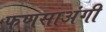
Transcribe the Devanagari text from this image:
फणसाअंगी